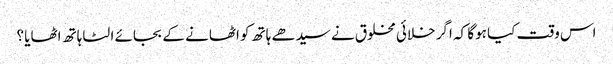
اس وقت کیا ہوگا کہ اگر خلائی مخلوق نے سیدھے ہاتھ کو اٹھانے کے بجائے الٹا ہاتھ اٹھایا ؟